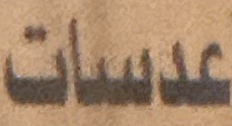
عدسات